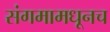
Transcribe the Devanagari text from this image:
संगमामधूनच